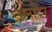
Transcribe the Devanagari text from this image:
अनादेर